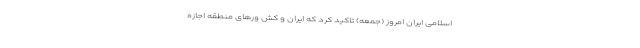
اسلامی ایران امروز (جمعه) تاکید کرد که ایران و کش ورهای منطقه اجازه